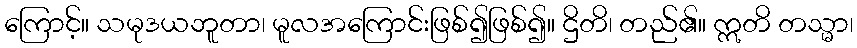
ကြောင့်။ သမုဒယဘူတာ၊ မူလအကြောင်းဖြစ်၍ဖြစ်၍။ ဌိတိ၊ တည်၏။ ဣတိ တသ္မာ၊